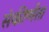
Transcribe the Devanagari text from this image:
संकीर्णंता